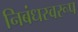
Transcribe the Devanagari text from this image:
निबंधस्वरूप